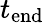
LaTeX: t_{\textrm{end}}